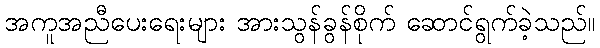
အကူအညီပေးရေးများ အားသွန်ခွန်စိုက် ဆောင်ရွက်ခဲ့သည်။